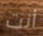
أنت